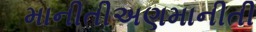
માનીતીઅણમાનીતી